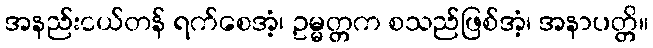
အနည်းငယ်တန် ရက်စေအံ့၊ ဥမ္မတ္တက စသည်ဖြစ်အံ့၊ အနာပတ္တိ။